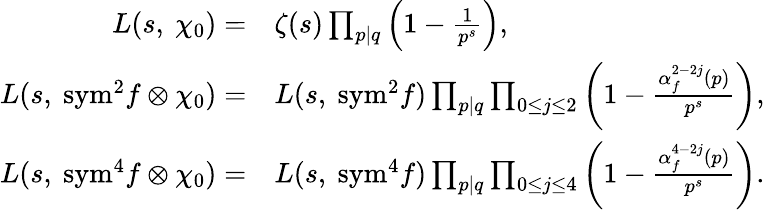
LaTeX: \begin{array}{rl}{L(s,\ \chi_{0})=}&{\zeta(s)\prod_{p\mid q}\left(1-\frac{1}{p^{s}}\right),}\\ {L(s,\ \mathrm{{sym}^{2}}f\otimes\chi_{0})=}&{L(s,\ {\mathrm{sym}^{2}}f)\prod_{p\mid q}\prod_{0\leq j\leq 2}\left(1-\frac{\alpha_{f}^{2-2j}(p)}{p^{s}}\right),}\\ {L(s,\ \mathrm{{sym}^{4}}f\otimes\chi_{0})=}&{L(s,\ {\mathrm{sym}^{4}}f)\prod_{p\mid q}\prod_{0\leq j\leq 4}\left(1-\frac{\alpha_{f}^{4-2j}(p)}{p^{s}}\right).}\end{array}